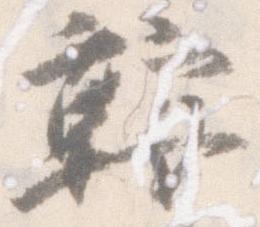
鞍